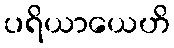
ပရိယာယေဟိ